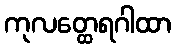
ကုလတ္ထေရဂါထာ